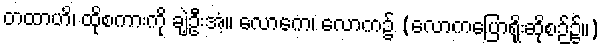
တထာဟိ၊ ထိုစကားကို ချဲ့ဦးအံ့။ လောကေ၊ လောက၌ (လောကပြောရိုးဆိုစဉ်၌။)